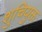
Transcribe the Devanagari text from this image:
शुचियुक्त